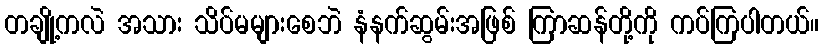
တချို့ကလဲ အသား သိပ်မများစေဘဲ နံနက်ဆွမ်းအဖြစ် ကြာဆန်တို့ကို ကပ်ကြပါတယ်။